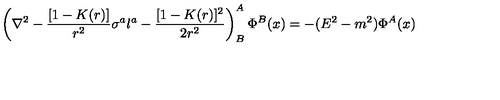
\left( \nabla ^ { 2 } - { \frac { [ 1 - K ( r ) ] } { r ^ { 2 } } } \sigma ^ { a } l ^ { a } - { \frac { [ 1 - K ( r ) ] ^ { 2 } } { 2 r ^ { 2 } } } \right) _ { B } ^ { A } \Phi ^ { B } ( x ) = - ( E ^ { 2 } - m ^ { 2 } ) \Phi ^ { A } ( x )